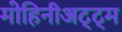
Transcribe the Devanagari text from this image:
मोहिनीअट्ट्म